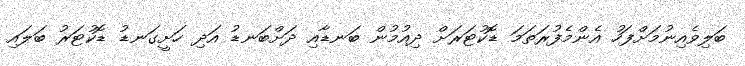
ބަލިވެއިނުމަށްފަހު އެންމެފުރަތަމަ ޑޮކުޓަރަށް ދިއުމުން ބަނޑާއި ދަށްބަނޑު އަދި ހަށީގަނޑު ޑޮކުޓަރު ބަލައި